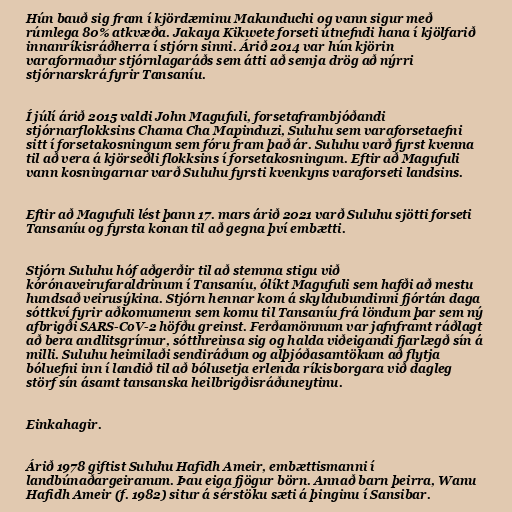
Hún bauð sig fram í kjördæminu Makunduchi og vann sigur með
rúmlega 80% atkvæða. Jakaya Kikwete forseti útnefndi hana í kjölfarið
innanríkisráðherra í stjórn sinni. Árið 2014 var hún kjörin
varaformaður stjórnlagaráðs sem átti að semja drög að nýrri
stjórnarskrá fyrir Tansaníu.

Í júlí árið 2015 valdi John Magufuli, forsetaframbjóðandi
stjórnarflokksins Chama Cha Mapinduzi, Suluhu sem varaforsetaefni
sitt í forsetakosningum sem fóru fram það ár. Suluhu varð fyrst kvenna
til að vera á kjörseðli flokksins í forsetakosningum. Eftir að Magufuli
vann kosningarnar varð Suluhu fyrsti kvenkyns varaforseti landsins.

Eftir að Magufuli lést þann 17. mars árið 2021 varð Suluhu sjötti forseti
Tansaníu og fyrsta konan til að gegna því embætti.

Stjórn Suluhu hóf aðgerðir til að stemma stigu við
kórónaveirufaraldrinum í Tansaníu, ólíkt Magufuli sem hafði að mestu
hundsað veirusýkina. Stjórn hennar kom á skyldubundinni fjórtán daga
sóttkví fyrir aðkomumenn sem komu til Tansaníu frá löndum þar sem ný
afbrigði SARS-CoV-2 höfðu greinst. Ferðamönnum var jafnframt ráðlagt
að bera andlitsgrímur, sótthreinsa sig og halda viðeigandi fjarlægð sín á
milli. Suluhu heimilaði sendiráðum og alþjóðasamtökum að flytja
bóluefni inn í landið til að bólusetja erlenda ríkisborgara við dagleg
störf sín ásamt tansanska heilbrigðisráðuneytinu.

Einkahagir.

Árið 1978 giftist Suluhu Hafidh Ameir, embættismanni í
landbúnaðargeiranum. Þau eiga fjögur börn. Annað barn þeirra, Wanu
Hafidh Ameir (f. 1982) situr á sérstöku sæti á þinginu í Sansibar.